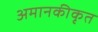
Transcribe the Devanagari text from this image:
अमानकीकृत